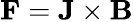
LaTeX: \mathbf{F}=\mathbf{J}\times\mathbf{B}